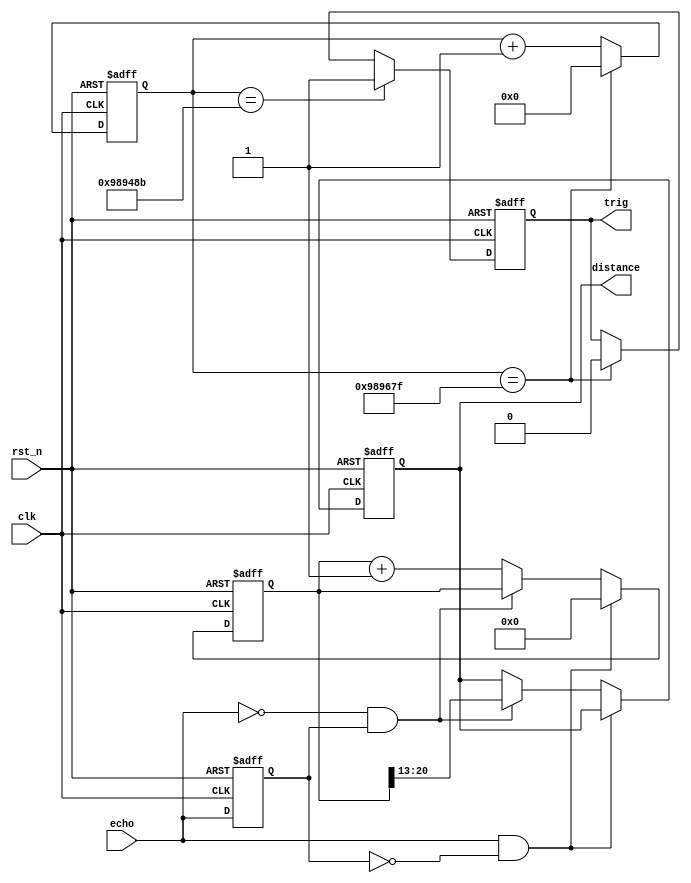
module hcsr04
#(
  parameter clk_freq = 50000000,
            width    = 8
)
(
 input                    clk,
 input                    rst_n,
 input                    echo,
 output reg               trig,
 output reg [width - 1:0] distance
);

  localparam 
    max_distance_cm        = 400,
                          
    trigger_in_us          = 10,
                          
    measurment_cycle_ms    = 200,
                          
    vel_of_sound_m_per_s   = 340,
                          
    measurment_cycle_tick  = ( clk_freq/1000 * measurment_cycle_ms ),
                          
    trigger_in_tick        = ( trigger_in_us*clk_freq/1000000),
                          
    max_echo_tick          = ( clk_freq/vel_of_sound_m_per_s/100) * max_distance_cm * 2, 
      
                          
    trig_cnt_width         = $clog2(measurment_cycle_tick),
    echo_cnt_width         = $clog2(max_echo_tick+1);

 
  reg [trig_cnt_width - 1 : 0] trig_cnt;
  reg [echo_cnt_width - 1 : 0] echo_cnt;
  reg                          echo_buff;
  wire                         echo_rise;
  wire                         echo_fall;
  
  
  always@(posedge clk or negedge rst_n)
    if(!rst_n)
      trig_cnt <= 0;
    else if(trig_cnt == measurment_cycle_tick -1)
      trig_cnt <= 0;
    else
      trig_cnt <= trig_cnt + 1'b1;

  always@(posedge clk or negedge rst_n)
    if(!rst_n)
      trig <= 1'b0;
    else if(trig_cnt == measurment_cycle_tick - trigger_in_tick -1)
      trig <= 1'b1;
    else if(trig_cnt == measurment_cycle_tick - 1)
      trig <= 1'b0;

 
                     
  always@(posedge clk or negedge rst_n)
    if(!rst_n)
      echo_buff <= 0;
    else
      echo_buff <= echo;
  
  assign echo_rise = echo  & !echo_buff;
  assign echo_fall = !echo & echo_buff;
  
  
  always@(posedge clk or negedge rst_n)
    if(!rst_n)begin
      echo_cnt <= 0;
      distance <= 0;
    end
    else if(echo_rise)
      echo_cnt <= 0;
    else if(echo_fall)
      distance <= echo_cnt[echo_cnt_width - 1 : echo_cnt_width - width];
    else
      echo_cnt <= echo_cnt + 1'b1;
  
  
endmodule // hcsr04